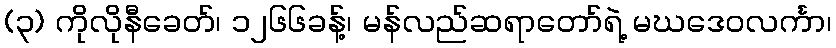
(၃) ကိုလိုနီခေတ်၊ ၁၂၆၆ခန့်၊ မန်လည်ဆရာတော်ရဲ့ မဃဒေဝလင်္ကာ၊